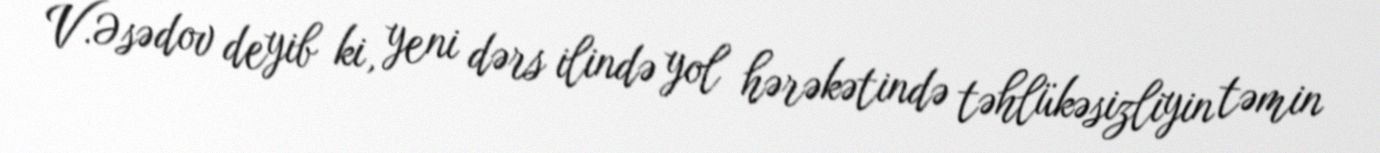
V.Əsədov deyib ki, yeni dərs ilində yol hərəkətində təhlükəsizliyin təmin